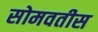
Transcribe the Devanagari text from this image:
सोमवतीस